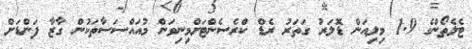
ޓެލެތޯންގެ 1.9 މިލިއަން ޑޮލަރު ގަތަރު ރެޑް ކްރެސެންޓަށްމިނިވަން މުއައްސަސާތަކުން ގާޒާ ފަންޑަށް